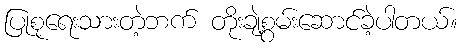
ပြုစုရေးသားတဲ့ဘက် တိုးချဲ့စွမ်းဆောင်ခဲ့ပါတယ်။